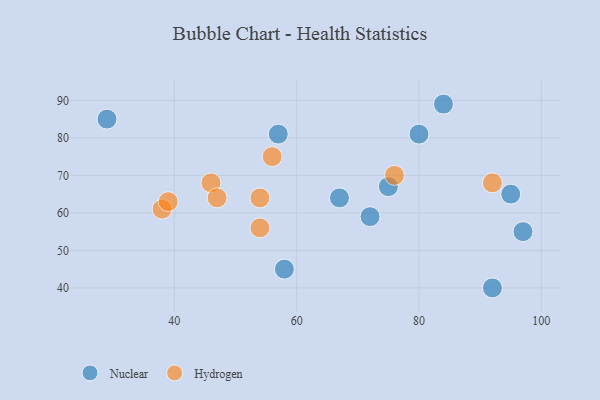
{"axis": {"x": "GDP", "y": "Life Expectancy"}, "legend": ["Hydrogen", "Nuclear"], "data": [{"x": "97", "y": 55, "type": "Nuclear"}, {"x": "58", "y": 45, "type": "Nuclear"}, {"x": "67", "y": 64, "type": "Nuclear"}, {"x": "75", "y": 67, "type": "Nuclear"}, {"x": "57", "y": 81, "type": "Nuclear"}, {"x": "80", "y": 81, "type": "Nuclear"}, {"x": "84", "y": 89, "type": "Nuclear"}, {"x": "95", "y": 65, "type": "Nuclear"}, {"x": "29", "y": 85, "type": "Nuclear"}, {"x": "72", "y": 59, "type": "Nuclear"}, {"x": "92", "y": 40, "type": "Nuclear"}, {"x": "56", "y": 75, "type": "Hydrogen"}, {"x": "46", "y": 68, "type": "Hydrogen"}, {"x": "54", "y": 64, "type": "Hydrogen"}, {"x": "38", "y": 61, "type": "Hydrogen"}, {"x": "76", "y": 70, "type": "Hydrogen"}, {"x": "54", "y": 56, "type": "Hydrogen"}, {"x": "39", "y": 63, "type": "Hydrogen"}, {"x": "47", "y": 64, "type": "Hydrogen"}, {"x": "92", "y": 68, "type": "Hydrogen"}]}